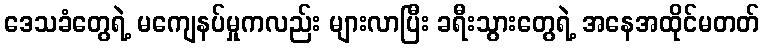
ဒေသခံတွေရဲ့ မကျေနပ်မှုကလည်း များလာပြီး ခရီးသွားတွေရဲ့ အနေအထိုင်မတတ်